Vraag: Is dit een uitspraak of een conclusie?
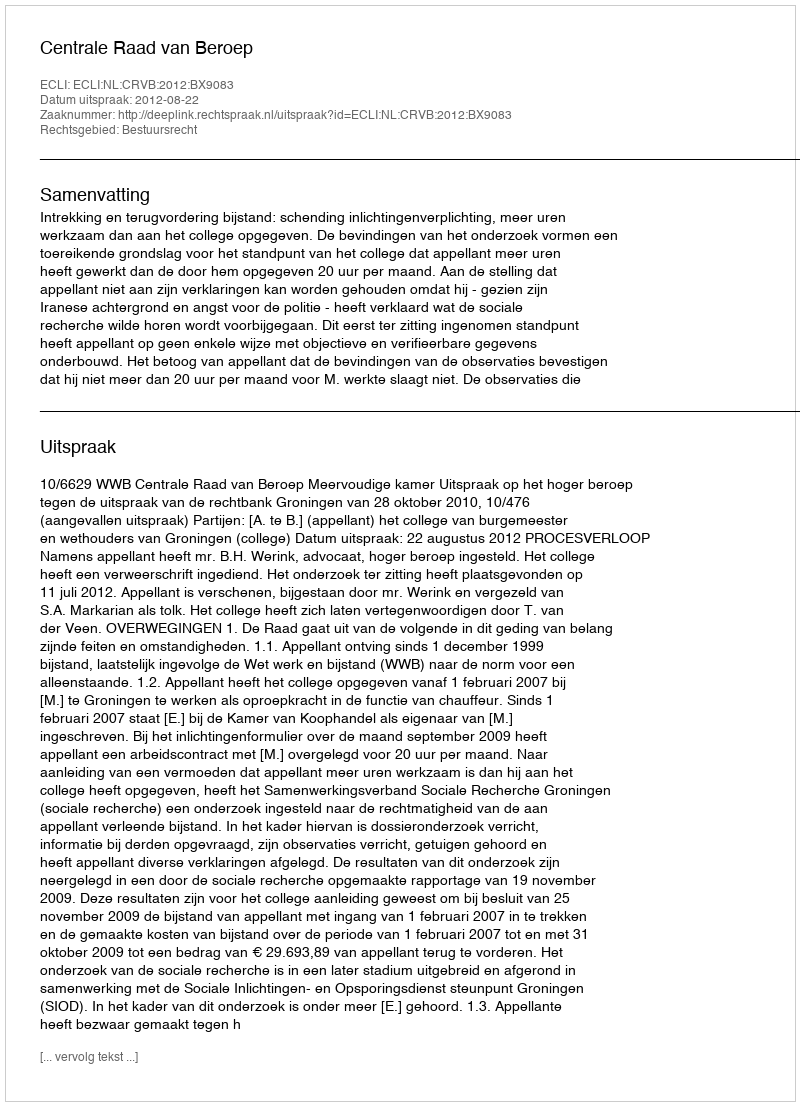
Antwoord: Uitspraak